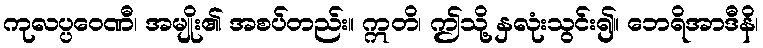
ကုလပ္ပဝေဏီ၊ အမျိုး၏ အစပ်တည်း။ ဣတိ၊ ဤသို့ နှလုံးသွင်း၍။ ဘေရိအာဒီနိ၊